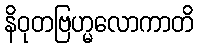
နိဝုတဗြဟ္မလောကာတိ